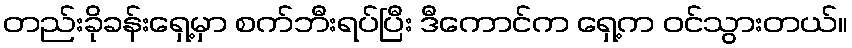
တည်းခိုခန်းရှေ့မှာ စက်ဘီးရပ်ပြီး ဒီကောင်က ရှေ့က ဝင်သွားတယ်။